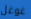
غوغل